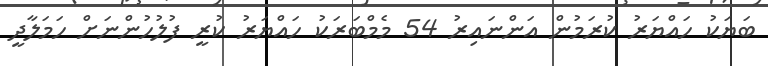
ބަޔަކު ހައްޔަރު ކުރަމުން އަންނައިރު 54 މެމްބަރަކު ހައްޔަރު ކުރީ ފުލުހުންނަށް ހަމަލާދީ